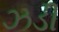
ઝડી